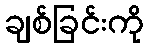
ချစ်ခြင်းကို